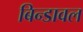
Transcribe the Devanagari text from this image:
बिन्डावल